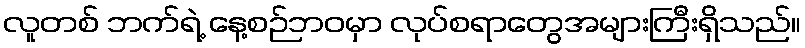
လူတစ် ဘက်ရဲ့ နေ့စဉ်ဘဝမှာ လုပ်စရာတွေအများကြီးရှိသည်။